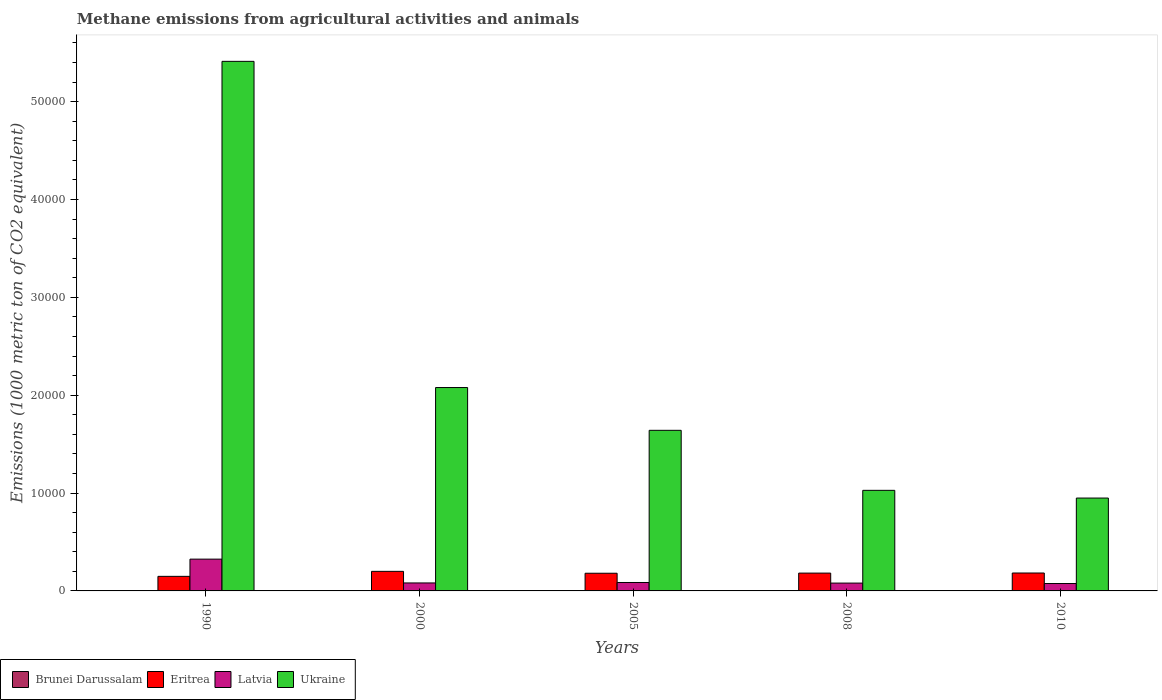
| Years | Brunei Darussalam | Eritrea | Latvia | Ukraine |
 | --- | --- | --- | --- | --- |
 | 1990 | 12.5 | 1.49e+03 | 3.25e+03 | 5.41e+04 |
 | 2000 | 15.3 | 2e+03 | 814 | 2.08e+04 |
 | 2005 | 14.1 | 1.81e+03 | 861 | 1.64e+04 |
 | 2008 | 14.3 | 1.82e+03 | 801 | 1.03e+04 |
 | 2010 | 14.4 | 1.83e+03 | 756 | 9.49e+03 |